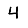
Digit: 4